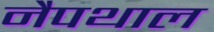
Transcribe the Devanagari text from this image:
नैपथाल